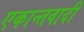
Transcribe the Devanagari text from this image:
एकान्तवादी